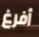
أفرغ